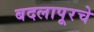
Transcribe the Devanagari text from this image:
बदलापूरचे